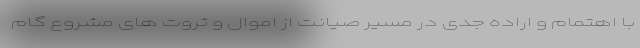
با اهتمام و اراده جدی در مسیر صیانت از اموال و ثروت های مشروع گام